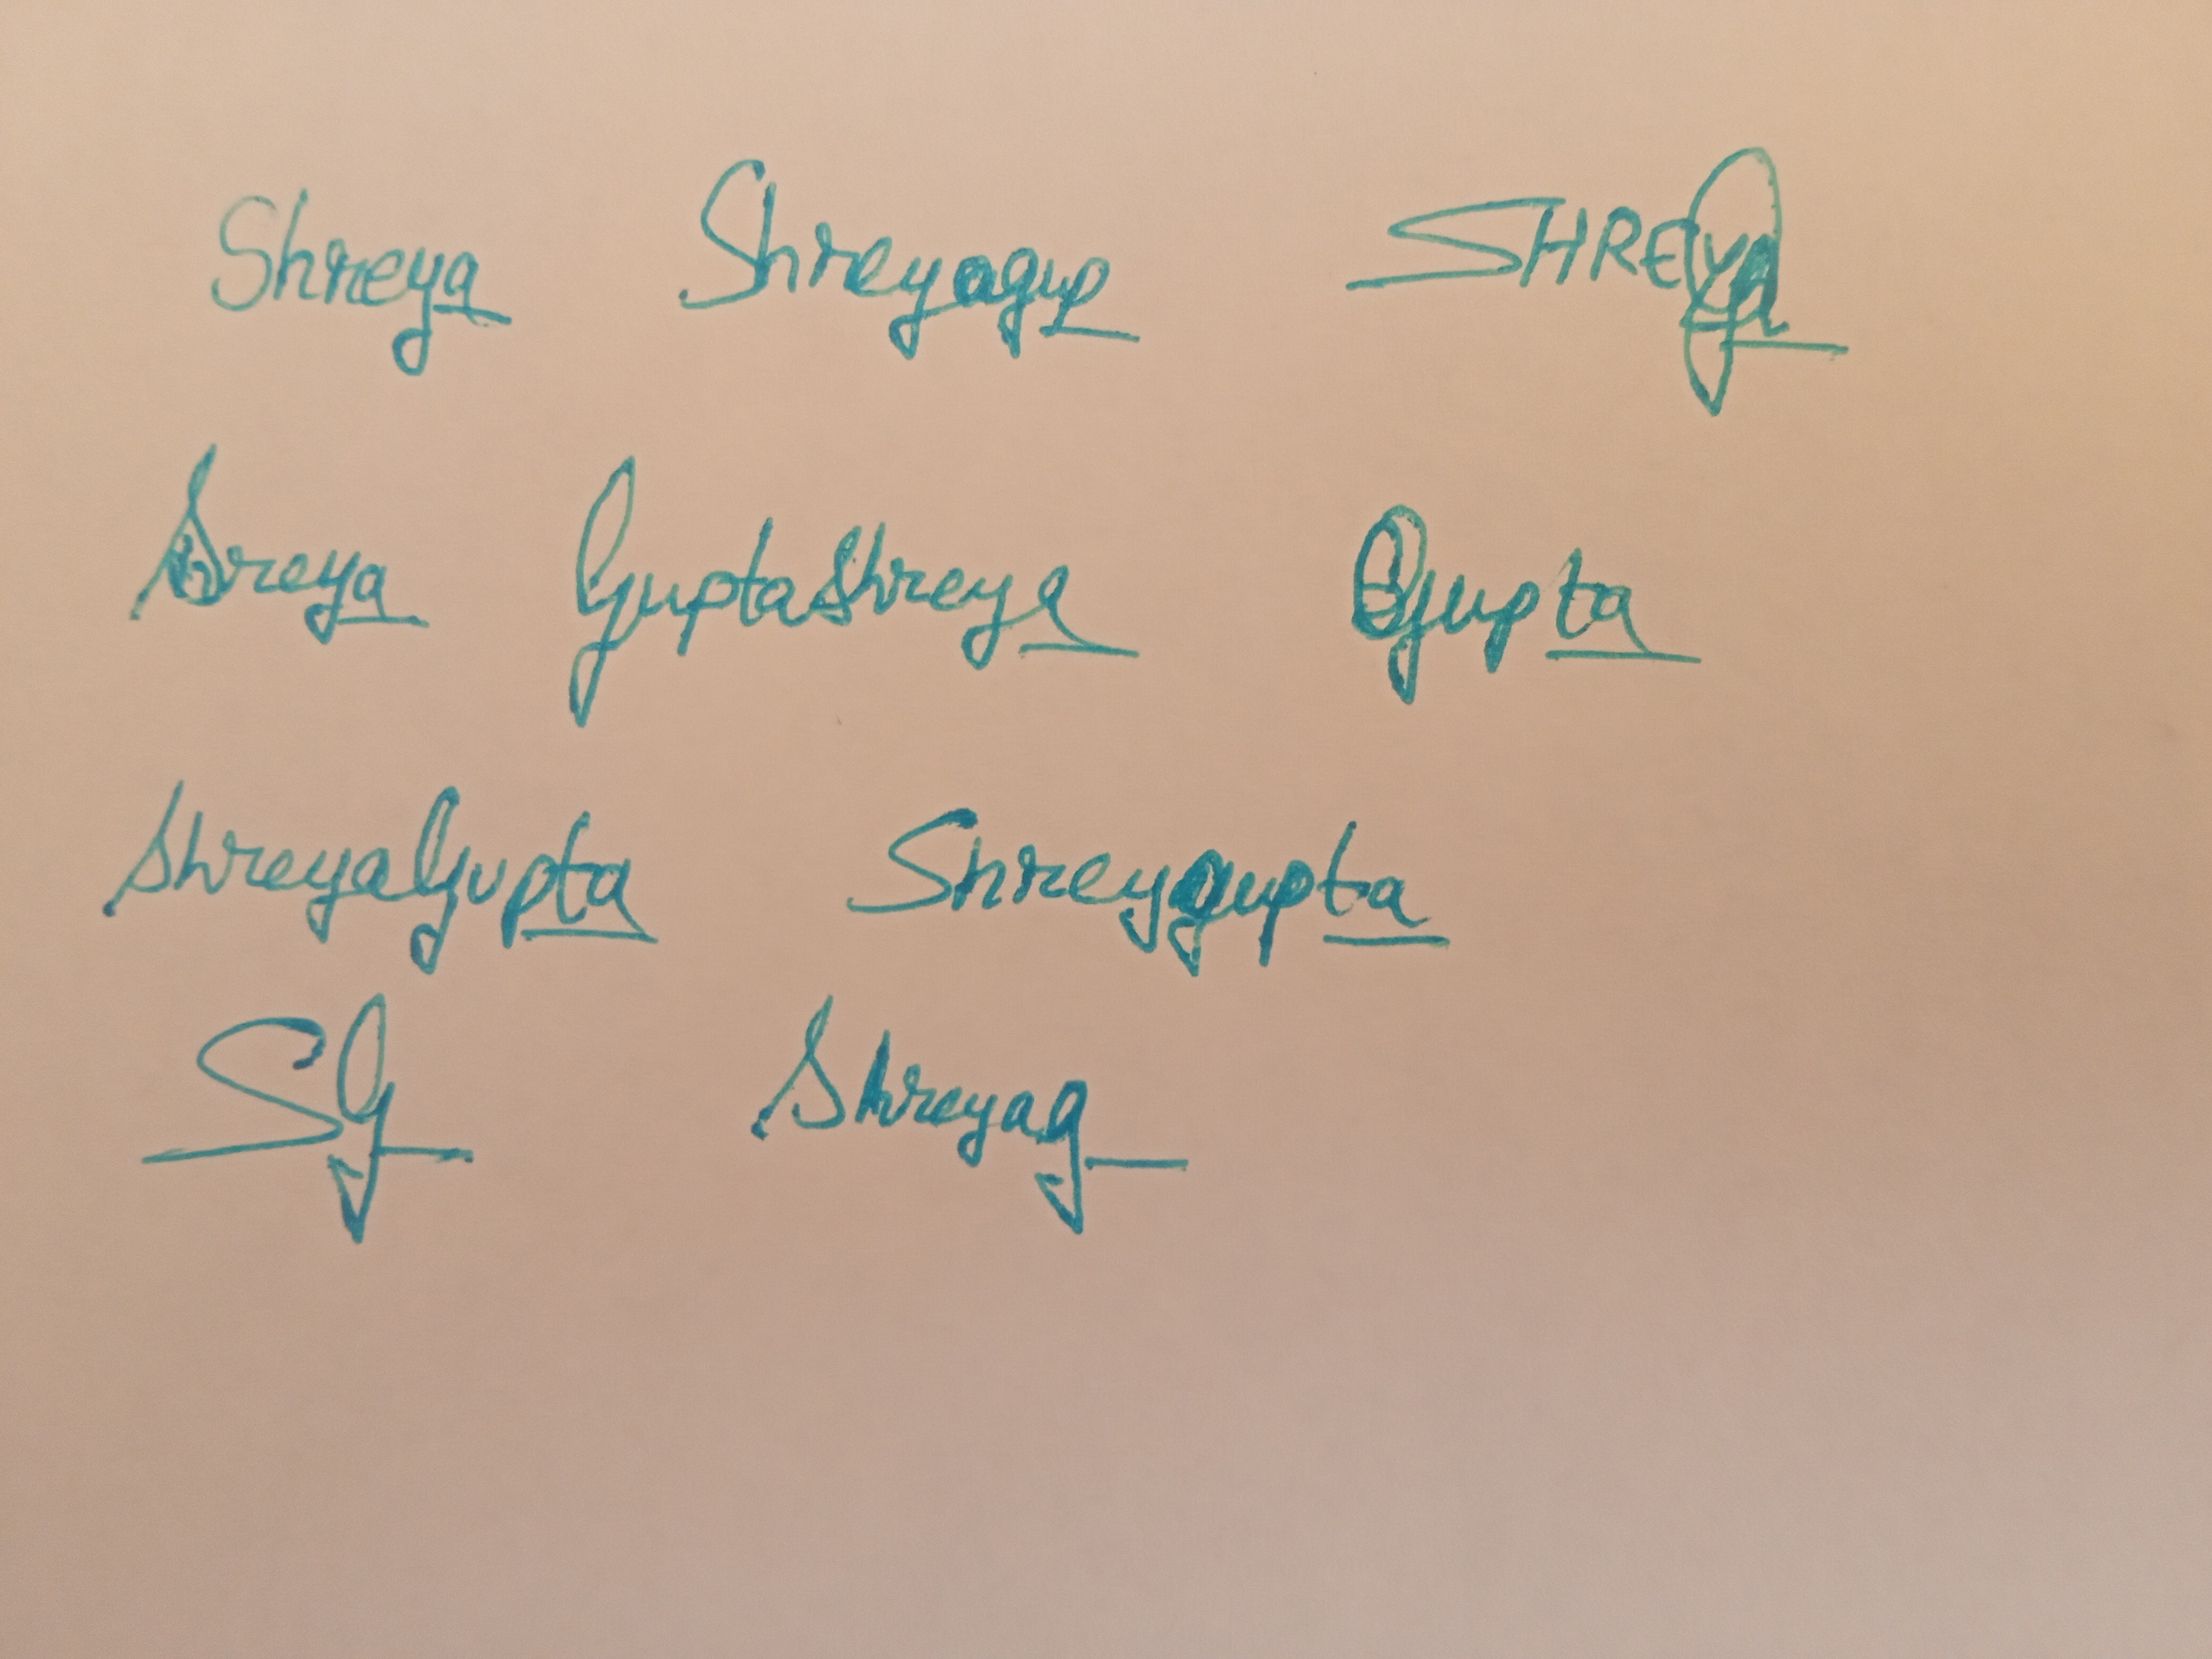
Signature authenticity: genuine